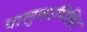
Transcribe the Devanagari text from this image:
वालुकामिश्रित